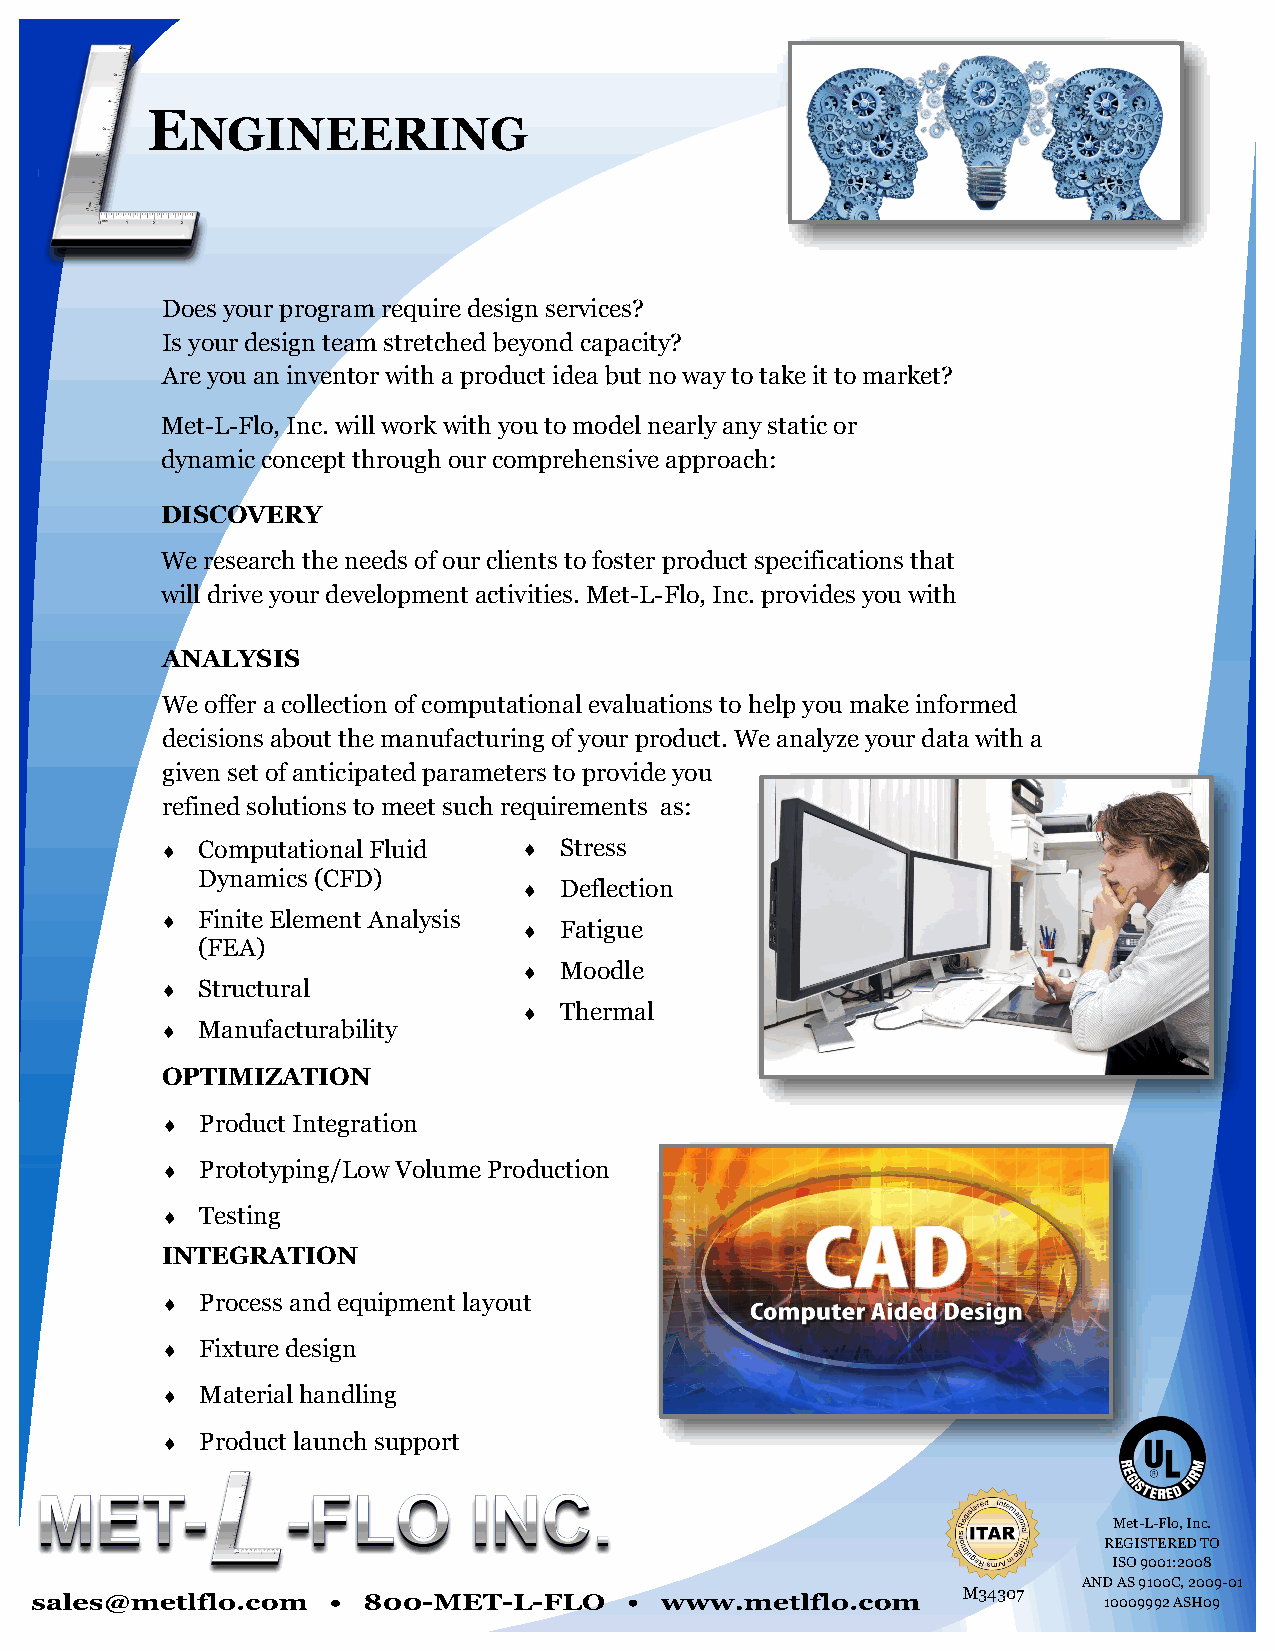
E
 NGINEERING
 Does your program require design services?
 Is your design team stretched beyond capacity?
 Are you an inventor with a product idea but no way to take it to market?
 Met-L-Flo, Inc. will work with you to model nearly any static or
 dynamic concept through our comprehensive approach:
 DISCOVERY
 We research the needs of our clients to foster product specifications that
 will drive your development activities. Met-L-Flo, Inc. provides you with
 ANALYSIS
 We offer a collection of computational evaluations to help you make informed
 decisions about the manufacturing of your product. We analyze your data with a
 given set of anticipated parameters to provide you
 refined solutions to meet such requirements as:
  Computational Fluid    Stress
 Dynamics (CFD)
  Deflection
  Finite Element Analysis
  Fatigue
 (FEA)
  Moodle
  Structural
  Thermal
  Manufacturability
 OPTIMIZATION
  Product Integration
  Prototyping/Low Volume Production
  Testing
 INTEGRATION
  Process and equipment layout
  Fixture design
  Material handling
  Product launch support
 Met-L-Flo, Inc.
 REGISTERED TO
 ISO 9001:2008
 AND AS 9100C, 2009-01
 M34307
 10009992 ASH09